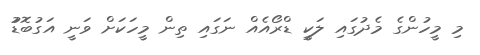
މި މީހުންގެ މެދުގައި ލަކީ ޑްރޯއެއް ނަގައި ތިން މީހަކަށް ވަނީ އަގުބޮޑުު